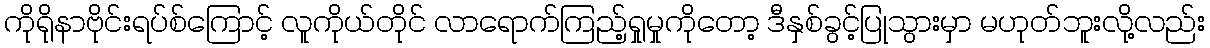
ကိုရိုနာဗိုင်းရပ်စ်ကြောင့် လူကိုယ်တိုင် လာရောက်ကြည့်ရှုမှုကိုတော့ ဒီနှစ်ခွင့်ပြုသွားမှာ မဟုတ်ဘူးလို့လည်း